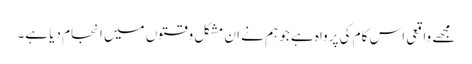
مجھے واقعی اس کام کی پرواہ ہے جو ہم نے ان مشکل وقتوں میں انجام دیا ہے۔